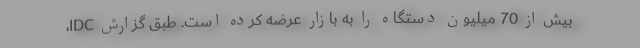
بیش از 70 میلیون دستگاه را به بازار عرضه کرده است. طبق گزارش IDC،